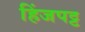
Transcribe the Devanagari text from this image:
हिंजपट्ट